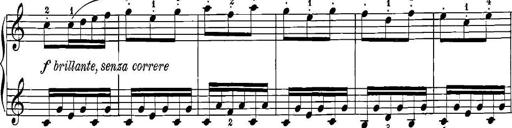
Title: 12 Sonatinas
Composer: Ignaz Pleyel